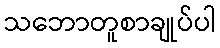
သဘောတူစာချုပ်ပါ